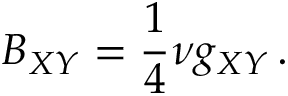
B _ { X Y } = \frac 1 4 \nu g _ { X Y } \, .